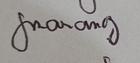
Signature authenticity: genuine